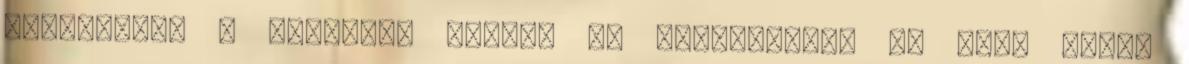
beleragadt a kelesztő tálba, de szerencsére az Emil Henry